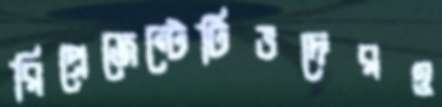
রিপ্রেজেন্টেটিভদেরও